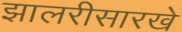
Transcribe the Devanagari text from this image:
झालरीसारखे